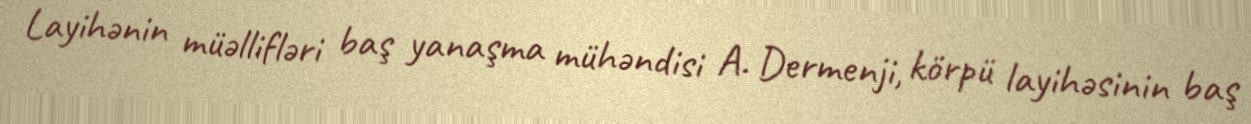
Layihənin müəllifləri baş yanaşma mühəndisi A. Dermenji, körpü layihəsinin baş